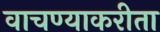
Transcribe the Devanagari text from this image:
वाचण्याकरीता